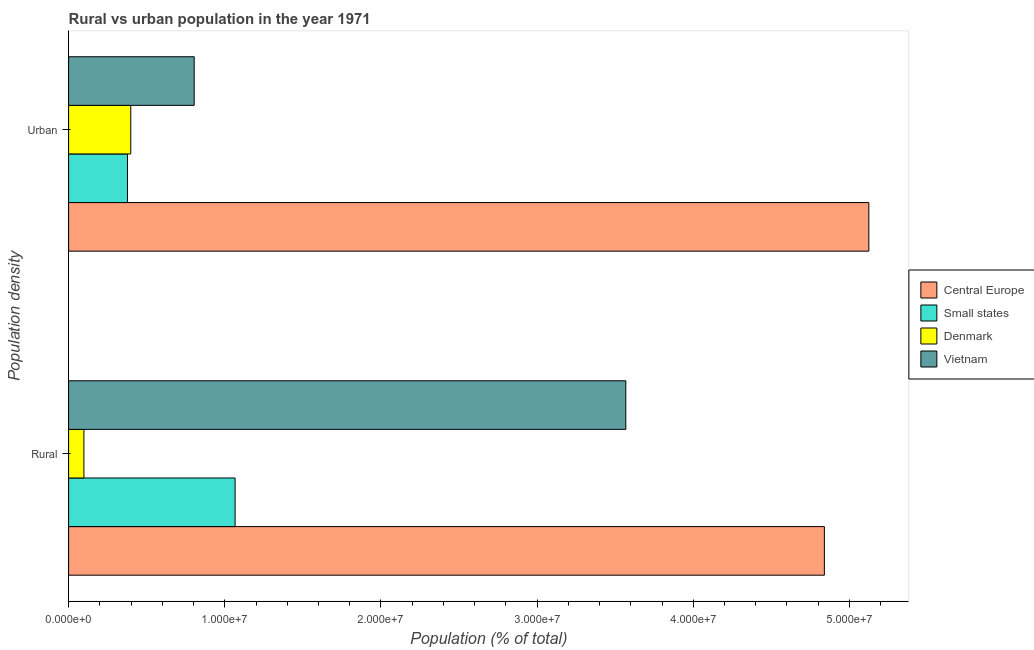
| Population density | Central Europe | Small states | Denmark | Vietnam |
 | --- | --- | --- | --- | --- |
 | Rural | 4.84e+07 | 1.07e+07 | 9.81e+05 | 3.57e+07 |
 | Urban | 5.12e+07 | 3.77e+06 | 3.98e+06 | 8.04e+06 |